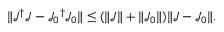
\| { \mathcal { J } } ^ { \dagger } { \mathcal { J } } - { \mathcal { J } _ { 0 } } ^ { \dagger } { \mathcal { J } _ { 0 } } \| \le ( \| \mathcal { J } \| + \| \mathcal { J } _ { 0 } \| ) \| \mathcal { J } - \mathcal { J } _ { 0 } \| .